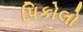
પિકોલો